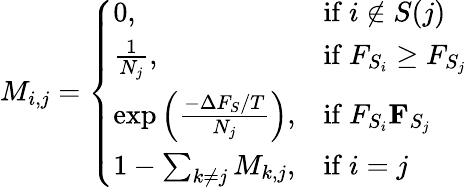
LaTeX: M_{i,j}=\left\{ \begin{array}{ll}{0,}&{\mathrm{if}\ i\notin S(j)}\\ {\frac{1}{N_{j}},}&{\mathrm{if}\ F_{S_{i}}\ge F_{S_{j}}}\\ {\exp{\left(\frac{-\Delta F_{S}/T}{N_{j}}\right)},}&{\mathrm{if}\ F_{S_{i}}\le F_{S_{j}}}\\ {1-\sum_{k\ne j}M_{k,j},}&{\mathrm{if}\ i=j}\end{array}\right.